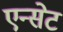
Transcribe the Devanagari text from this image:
एन्सेट